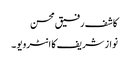
کاشف رفیق محسن
نواز شریف کا انٹرویو ۔